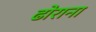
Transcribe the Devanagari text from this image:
ढोराना